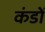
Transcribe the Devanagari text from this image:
कंडों